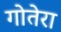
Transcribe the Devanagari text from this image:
गोतेरा